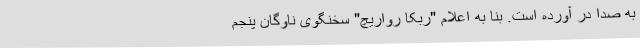
به صدا در آورده است. بنا به اعلام "ربکا رواریچ" سخنگوی ناوگان پنجم